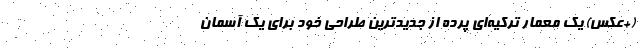
(+عکس) یک معمار ترکیه‌ای پرده از جدیدترین طراحی خود برای یک آسمان